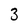
Character: 3